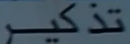
تذکر